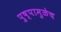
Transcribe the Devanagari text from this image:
पुष्पामुळेच